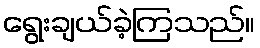
ရွေးချယ်ခဲ့ကြသည်။